Lunatic asylums Burma 1922-24 - 1922-1924
Year: 1922
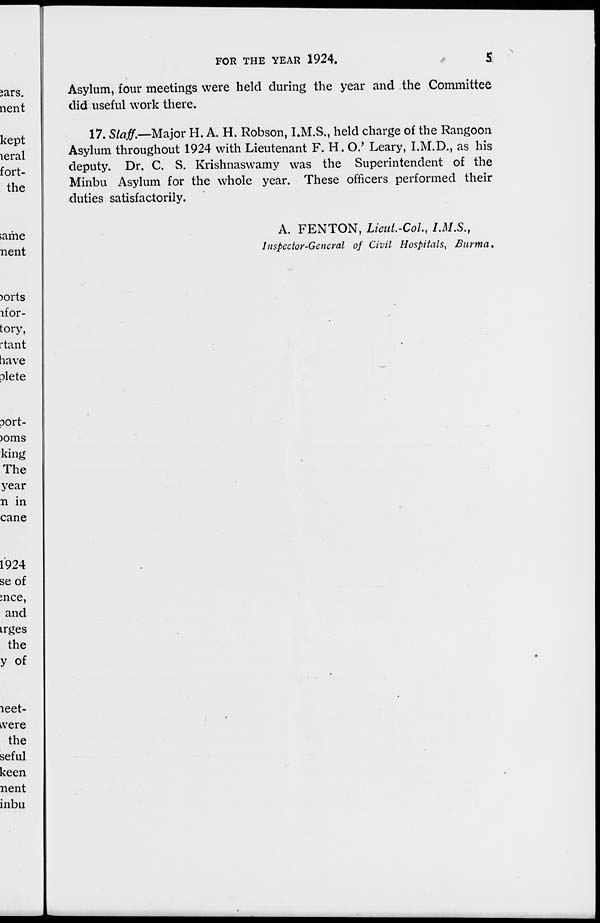
FOR THE YEAR 1924.
5
Asylum, four meetings were held during the year and the Committee
did useful work there.
17. Staff.—Major H. A. H. Robson, I.M.S., held charge of the Rangoon
Asylum throughout 1924 with Lieutenant F. H. O.' Leary, I.M.D., as his
deputy. Dr. C. S. Krishnaswamy was the Superintendent of the
Minbu Asylum for the whole year. These officers performed their
duties satisfactorily.
A. FENTON, Lieut.-Col., I.M.S.,
Inspector-General of Civil Hospitals, Burma.